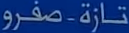
تازة-صفرو